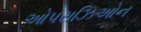
ઓપરાઝિઓન